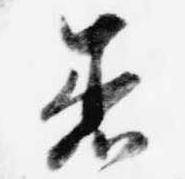
着